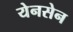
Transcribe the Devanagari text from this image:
येनसेन